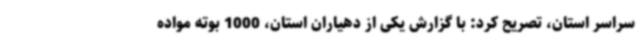
سراسر استان، تصریح کرد: با گزارش یکی از دهیاران استان، 1000 بوته مواده